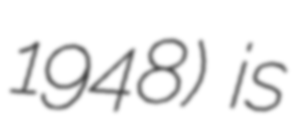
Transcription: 1948) is